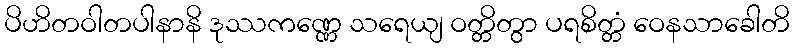
ပိဟိတဝါတပါနာနိ ဒုဿကဏ္ဏေ သရေယျ ဝတ္တိတွာ ပရစိတ္တံ ဝေနသာခေါတိ